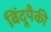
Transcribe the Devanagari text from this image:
बिंदूपैकी